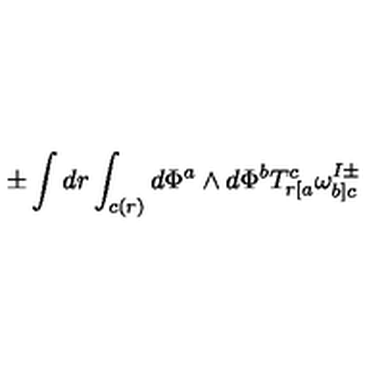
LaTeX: \pm \int d r \int _ { c ( r ) } d \Phi ^ { a } \wedge d \Phi ^ { b } T _ { r [ a } ^ { c } \omega _ { b ] c } ^ { I \pm }